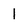
Character: 1